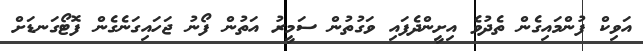
އަވިކް ފުންމައިގެން ތެދުވެ އިށީންދެފައި ވަގުތުން ސަމީރު އަތުން ފޯނު ޖަހައިގަނެގެން ފޮޓޯގަނޑަށް